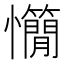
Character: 𢥣